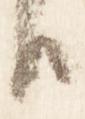
臣